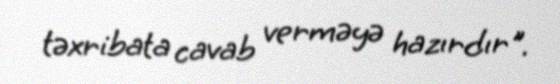
təxribata cavab verməyə hazırdır".